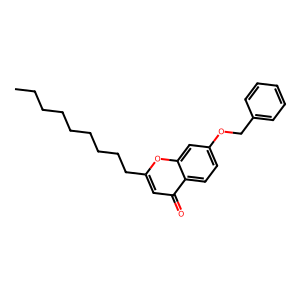
SMILES: CCCCCCCCCc1cc(=O)c2ccc(OCc3ccccc3)cc2o1
Inhibits HIV replication: No